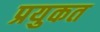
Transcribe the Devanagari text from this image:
प्रयुकत